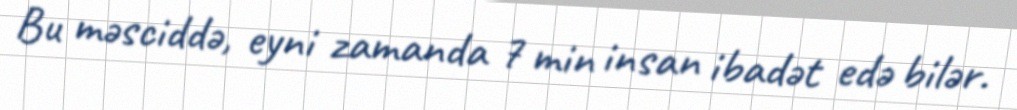
Bu məsciddə, eyni zamanda 7 min insan ibadət edə bilər.